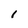
Character: l